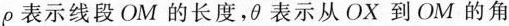
\rho表示线段OM的长度，\theta表示从OX到OM的角